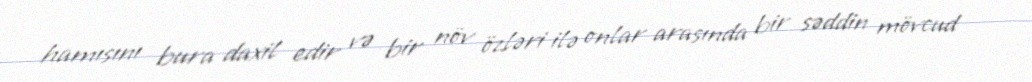
hamısını bura daxil edir və bir növ özləri ilə onlar arasında bir səddin mövcud